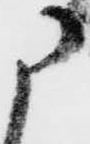
に